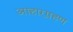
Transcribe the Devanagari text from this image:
आहारग्रहण